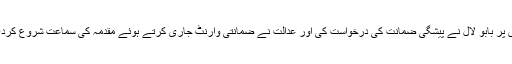
اس پر بابو لال نے پیشگی ضمانت کی درخواست کی اور عدالت نے ضمانتی وارنٹ جاری کرتے ہوئے مقدمہ کی سماعت شروع کردی۔